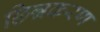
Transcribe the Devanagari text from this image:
छिन्नकरण